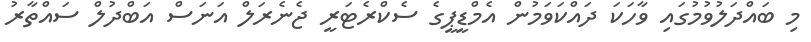
މި ބައްދަލުވުމުގައި ވާހަކަ ދައްކަވަމުން އެމްޑީޕީގެ ސެކްރެޓަރީ ޖެނެރަލް އަނަސް އަބްދުލް ސައްތާރު